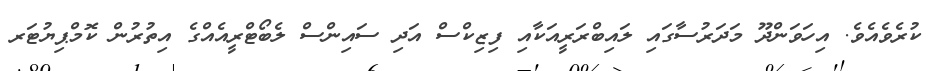
ކުރެވެއެވެ. އިހަވަންދޫ މަދަރުސާގައި ލައިބްރަރީއަކާއި ފިޒިކްސް އަދި ސައިންސް ލެބޯޓްރީއެއްގެ އިތުރުން ކޮމްޕިޔުޓަރ